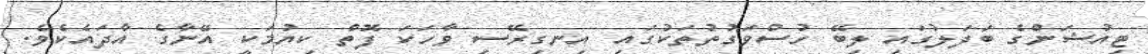
ޓިއުޝަންގެ ބަދަލުގައި ލިބޭ ހުސްވަގުތުތަކުގައި އިނގިރޭސި ވާހަކަ ފޮތް ކިޔުމަކީ އޭނާގެ އާދައެކެވެ.